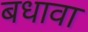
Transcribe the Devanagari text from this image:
बधावा